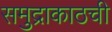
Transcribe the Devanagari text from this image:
समुद्राकाठची